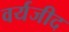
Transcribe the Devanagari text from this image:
वर्यजीद